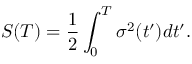
S ( T ) = \frac { 1 } { 2 } \int _ { 0 } ^ { T } \sigma ^ { 2 } ( t ^ { \prime } ) d t ^ { \prime } .